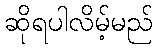
ဆိုရပါလိမ့်မည်